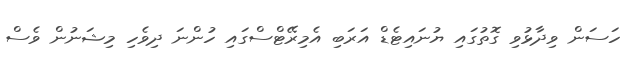
ހަސަން ވިދާޅުވި ގޮތުގައި ޔުނައިޓެޑް އަރަބި އެމިރޭޓްސްގައި ހުންނަ ދިވެހި މިޝަނުން ވެސް